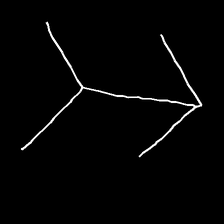
Glyph: gather